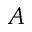
{ \cal A }